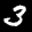
Label: 3